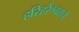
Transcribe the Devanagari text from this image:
हरिहरेश्वराचे